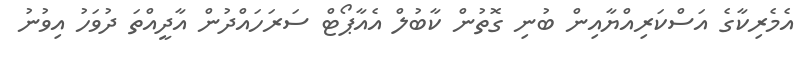
އެމެރިކާގެ އަސްކަރިއްޔާއިން ބުނި ގޮތުން ކާބުލް އެއާޕޯޓް ސަރަހައްދުން އާދީއްތަ ދުވަހު އިވުނު